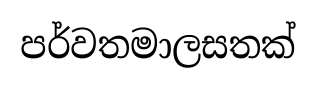
පර්වතමාලසතක්